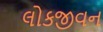
લોકજીવન